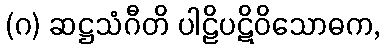
(ဂ) ဆဋ္ဌသံဂီတိ ပါဠိပဋိဝိသောဓက,